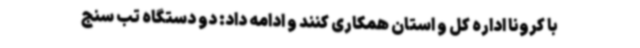
با کرونا اداره کل و استان همکاری کنند و ادامه داد: دو دستگاه تب سنج